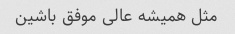
مثل همیشه عالی موفق باشین